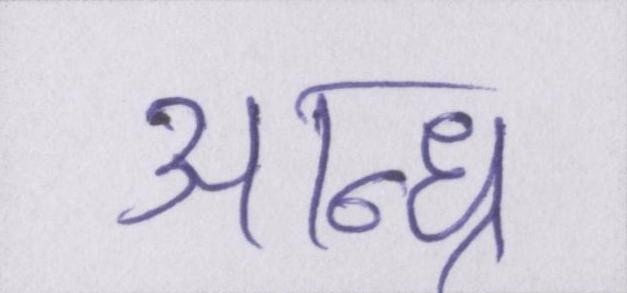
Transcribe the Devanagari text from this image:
आन्ध्र